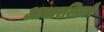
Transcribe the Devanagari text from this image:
आधारशिलाऐं